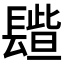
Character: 𨲦